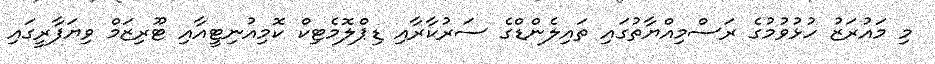
މި މައުރަޒު ހުޅުވުމުގެ ރަސްމިއްޔާތުގައި ތައިލެންޑްގެ ސަރުކާރާއި ޑިޕްލޮމެޓިކް ކޮމިއުނިޓީއާއި ޓޫރިޒަމް ވިޔަފާރީގައި